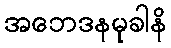
အဘေဒနမုခါနိ